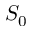
S _ { 0 }